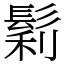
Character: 鬁